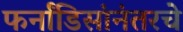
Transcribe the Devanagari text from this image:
फर्नांडिसांनंतरचे